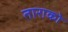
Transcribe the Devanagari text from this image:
ताराको